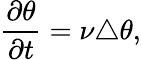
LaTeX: \frac{\partial\theta}{\partial t}=\nu\triangle\theta,